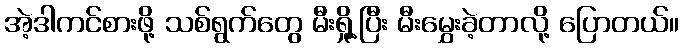
အဲ့ဒါကင်စားဖို့ သစ်ရွက်တွေ မီးရှို့ပြီး မီးမွှေးခဲ့တာလို့ ပြောတယ်။